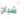
شياو